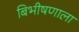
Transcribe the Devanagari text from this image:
बिभीषणाला